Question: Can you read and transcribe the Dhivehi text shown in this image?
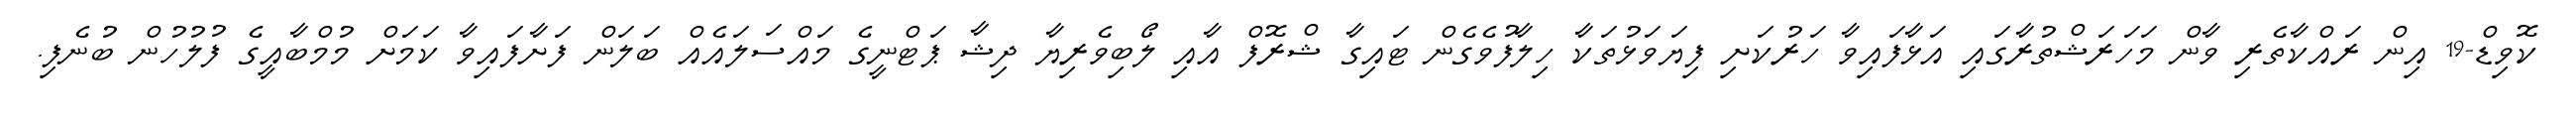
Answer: ކޮވިޑް-19 އިން ރައްކާތެރި ވާން މަހަރަޝްތުރާގައި އަޅާފައިވާ ހަރުކަށި ފިޔަވަޅުތަކާ ހިލާފުވެގެން ޓައިގާ ޝްރޮފް އާއި ލޯބިވެރިޔާ ދިޝާ ޕަޓްނީގެ މައްސަލައެއް ބަލަން ފަށާފައިވާ ކަމަށް މުމްބާއީގެ ފުލުހުން ބުނެފި.